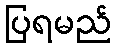
ပြရမည်